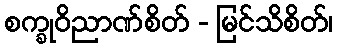
စက္ခုဝိညာဏ်စိတ် - မြင်သိစိတ်၊